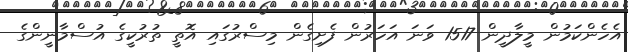
އެހެންކަމުން މީލާދީން 1517 ވަނަ އަހަރުން ފެށިގެން މިސްރުގައި އޮތީ ތުރުކީގެ އުސްމާނީންގެ